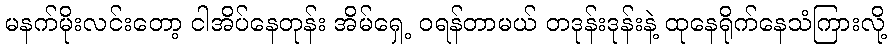
မနက်မိုးလင်းတော့ ငါအိပ်နေတုန်း အိမ်ရှေ့ ဝရန်တာမယ် တဒုန်းဒုန်းနဲ့ ထုနေရိုက်နေသံကြားလို့